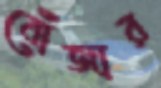
বোঁজার